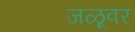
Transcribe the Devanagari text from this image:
जळूवर